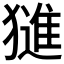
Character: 𱮣